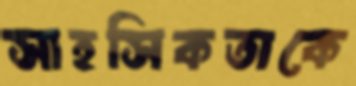
সাহসিকতাকে